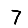
Digit: 7